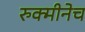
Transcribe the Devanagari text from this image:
रुक्मीनेच